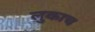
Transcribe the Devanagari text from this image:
लुकाच